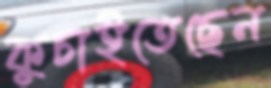
কুচাইতেছেন